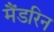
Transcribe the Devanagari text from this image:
मैंडरिन